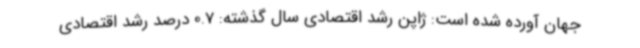
جهان آورده شده است: ژاپن رشد اقتصادی سال گذشته: 0.7 درصد رشد اقتصادی